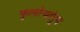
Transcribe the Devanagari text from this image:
फुलोर्‍यांतून